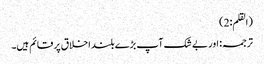
(القلم:2)
ترجمہ: اور بے شک آپ بڑے بلند اخلاق پر قائم ہیں۔